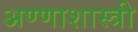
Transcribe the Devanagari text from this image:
अण्णाशास्त्री